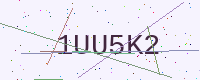
Text: 1UU5K2